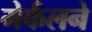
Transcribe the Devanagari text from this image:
मेर्कलने